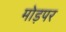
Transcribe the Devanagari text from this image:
मोड़पर